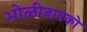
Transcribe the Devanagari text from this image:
भोळीबायको